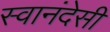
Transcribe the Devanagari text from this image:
स्वानंदेसी